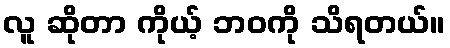
လူ ဆိုတာ ကိုယ့် ဘဝကို သိရတယ်။